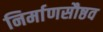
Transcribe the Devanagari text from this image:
निर्माणसौष्ठव